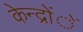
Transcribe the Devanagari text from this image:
केन्द्रोंें